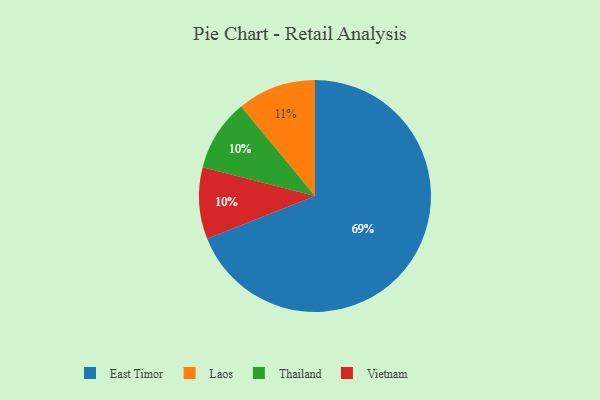
{"axis": {"x": "Category", "y": "Percentage"}, "legend": ["East Timor", "Laos", "Thailand", "Vietnam"], "data": [{"x": "Thailand", "y": 10, "type": "Thailand"}, {"x": "East Timor", "y": 69, "type": "East Timor"}, {"x": "Vietnam", "y": 10, "type": "Vietnam"}, {"x": "Laos", "y": 11, "type": "Laos"}]}